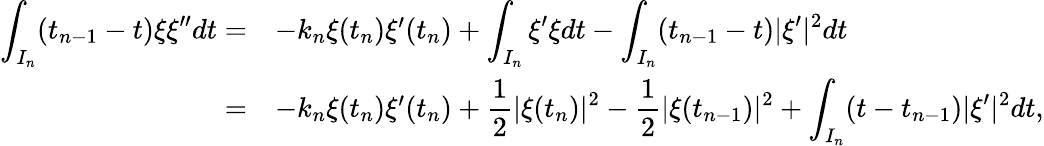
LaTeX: \begin{array}{r}{\begin{array}{rl}{\displaystyle\int_{I_{n}}(t_{n-1}-t)\xi\xi^{\prime\prime}dt=}&{-k_{n}\xi(t_{n})\xi^{\prime}(t_{n})+\displaystyle\int_{I_{n}}\xi^{\prime}\xi dt-\displaystyle\int_{I_{n}}(t_{n-1}-t)|\xi^{\prime}|^{2}dt}\\ {=}&{-k_{n}\xi(t_{n})\xi^{\prime}(t_{n})+\displaystyle\frac{1}{2}|\xi(t_{n})|^{2}-\displaystyle\frac{1}{2}|\xi(t_{n-1})|^{2}+\displaystyle\int_{I_{n}}(t-t_{n-1})|\xi^{\prime}|^{2}dt,}\end{array}}\end{array}